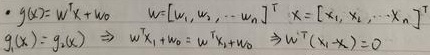
\(g(\mathbf{x}) = \mathbf{w}^T \mathbf{x} + w_0\)，其中\(\mathbf{w} = [w_1, w_2, \cdots, w_n]^T\)，\(\mathbf{x} = [x_1, x_2, \cdots, x_n]^T\)。

若\(g(\mathbf{x}_1) = g(\mathbf{x}_2)\)，则\(\mathbf{w}^T \mathbf{x}_1 + w_0 = \mathbf{w}^T \mathbf{x}_2 + w_0\)，进而\(\mathbf{w}^T (\mathbf{x}_1 - \mathbf{x}_2) = 0\)。